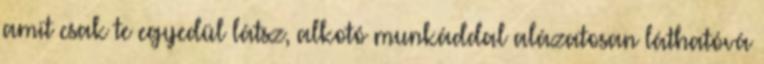
amit csak te egyedül látsz, alkotó munkáddal alázatosan láthatóvá